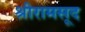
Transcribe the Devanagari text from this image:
श्रीरामसूद